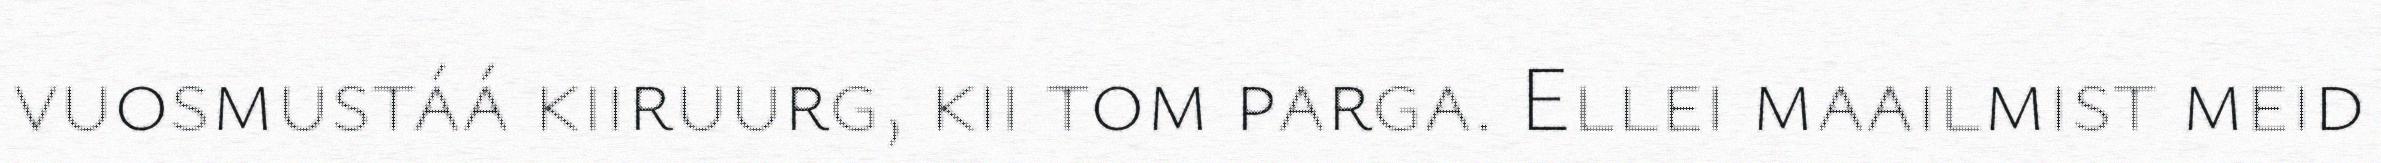
vuosmustáá kiiruurg, kii tom parga. Ellei maailmist meid